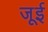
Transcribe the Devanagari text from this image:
जूई